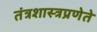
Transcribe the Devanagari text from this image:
तंत्रशास्त्रप्रणेते